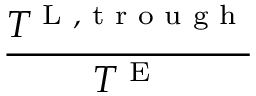
\frac { T ^ { \textnormal { L } , \textnormal { t r o u g h } } } { T ^ { \textnormal { E } } }